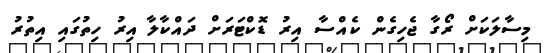
މިސާލަކަށް ރޯގާ ޖެހިގެން ކެއްސާ އިރު ޑޮކްޓަރަށް ދައްކާލާ އިރު ހިތުގައި އިތުރު